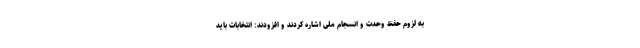
به لزوم حفظ وحدت و انسجام ملی اشاره کردند و افزودند: انتخابات باید